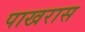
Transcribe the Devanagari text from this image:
पाखरास